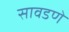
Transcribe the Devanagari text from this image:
सावडणे